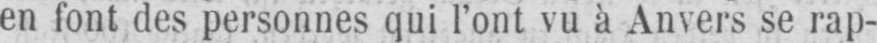
en font des personnes qui l’ont vu à Anvers se rap-